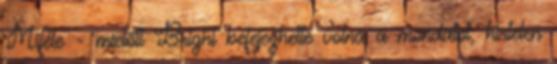
Miféle - mielőtt Bright befejezhette volna a mondatot, hirtelen